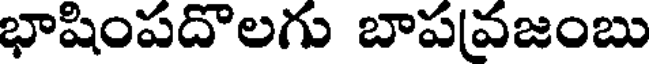
భాషింపదొలగు బాపవజంబు